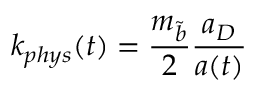
k _ { p h y s } ( t ) = \frac { m _ { \tilde { b } } } { 2 } \frac { a _ { D } } { a ( t ) }